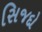
સિજદો